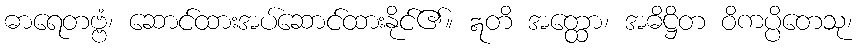
ဓာရေတဗ္ဗံ၊ ဆောင်ထားအပ်ဆောင်ထားနိုင်၏။ ဣတိ အတ္ထော၊ အဓိဋ္ဌိတ ဝိကပ္ပိတေသု၊